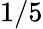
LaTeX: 1/5